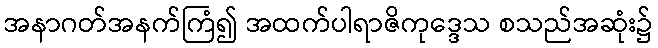
အနာဂတ်အနက်ကြံ၍ အထက်ပါရာဇိကုဒ္ဒေသ စသည်အဆုံး၌